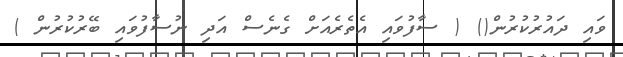
ވައި ދައުރުކުރުން() ( ސާފުވައި އެތެރެއަށް ގެނެސް އަދި ނުސާފުވައި ބޭރުކުރުން )